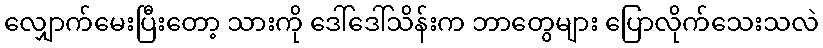
လျှောက်မေးပြီးတော့ သားကို ဒေါ်ဒေါ်သိန်းက ဘာတွေများ ပြောလိုက်သေးသလဲ